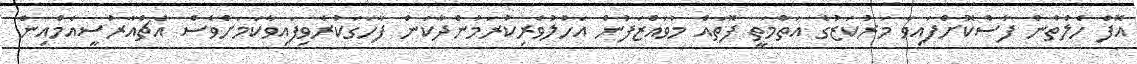
އޮފް ހެލްތުން ފާސްކޮށްފައިވާ މަރުކަޒުގެ އަތްމަތީ ފޮތައް މުވައްޒަފުން އަހުލުވެރިކުރަމުންދާކަން ފާހަގަކުރެވިފައިވާކަމަށްވެސް އެޗްއާރުސީއެމްއިން